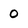
Character: 0